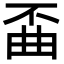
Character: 𫠲